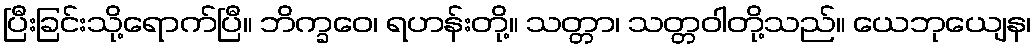
ပြီးခြင်းသို့ရောက်ပြီ။ ဘိက္ခဝေ၊ ရဟန်းတို့။ သတ္တာ၊ သတ္တဝါတို့သည်။ ယေဘုယျေန၊